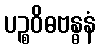
ပဉ္စဝိဓဗန္ဓနံ